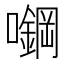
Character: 𰉅